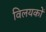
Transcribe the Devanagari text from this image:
विलयकों